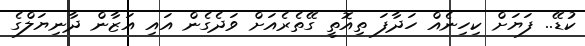
ކުޑޭ.. ފަޔަށް ކިހިނެއް ހަދާފަ ތިއޮތީ ގޭތެރެއަށް ވަދެގެން އައި އަޒާން ދާނިޔަލްގެ